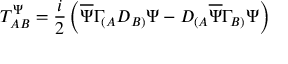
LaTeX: T _ { A B } ^ { \Psi } = \frac { i } { 2 } \left( \overline { { \Psi } } \Gamma _ { ( A } D _ { B ) } \Psi - D _ { ( A } \overline { { \Psi } } \Gamma _ { B ) } \Psi \right)